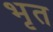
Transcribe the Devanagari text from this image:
भृत